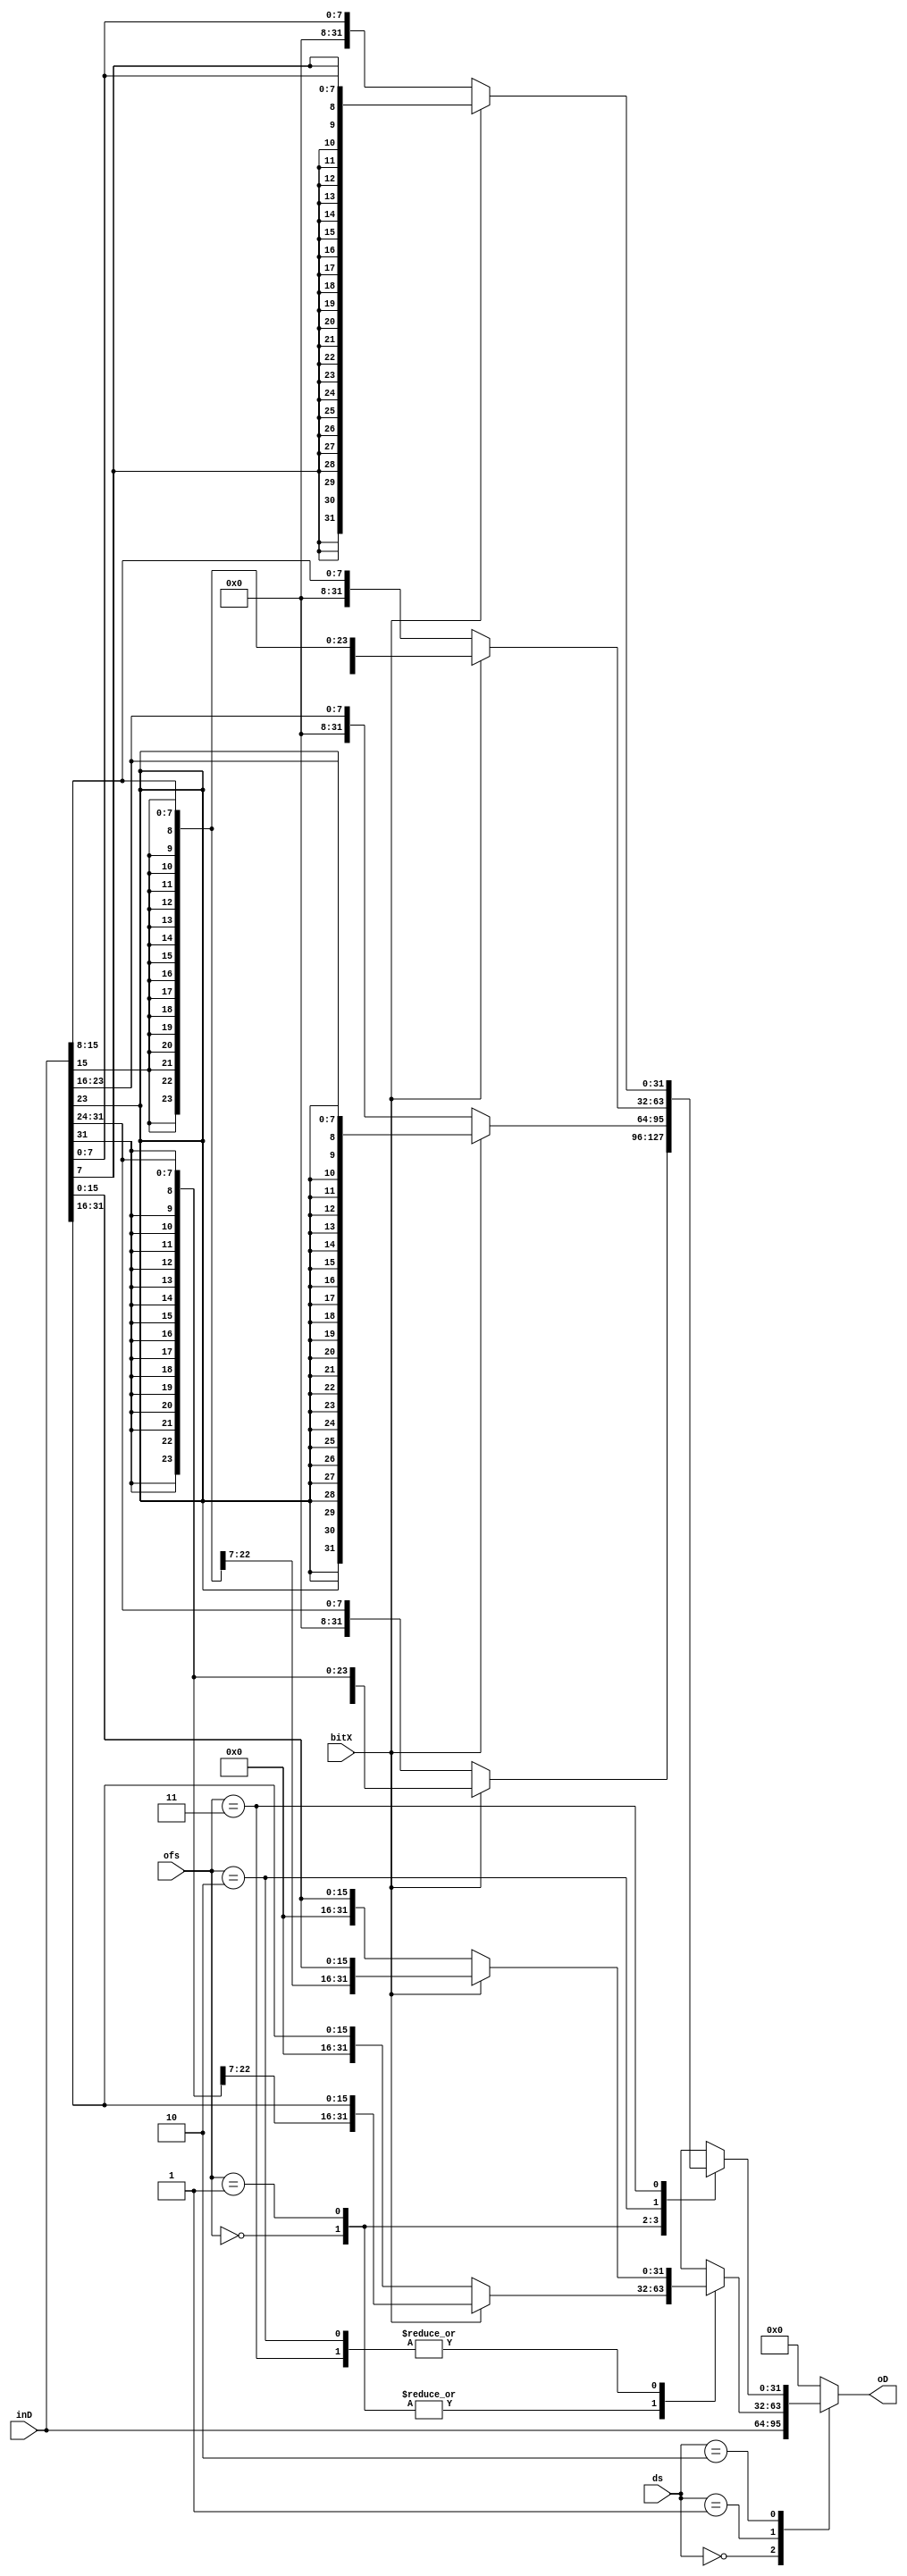
module MemoryRDataDecoder(
    input [31:0] inD,
    input [1:0] ofs,
    input bitX,
    input [1:0] ds,
    output reg[31:0] oD
);

always @(*)
    case (ds)
      2'b00://Word
      begin
        oD=inD;
      end
      2'b01://Half-Word
      begin
        case (ofs)
          2'b00:
              begin
                if(bitX) begin//do signExtend
                  oD={ {16{inD[31]}},inD[31:16]};
                end else begin
                  oD={16'b0,inD[31:16]};
                end
              end
              2'b01:
              begin
                if(bitX) begin//do signExtend
                  oD={ {16{inD[31]}},inD[31:16]};
                end else begin
                  oD={16'b0,inD[31:16]};
                end
              end
              2'b10:
              begin
                if(bitX) begin
                oD={ {16{inD[15]}},inD[15:0]};
                end else begin
                oD={16'b0,inD[15:0]};
                end
              end
              2'b11:
              begin
                if(bitX) begin
                oD={ {16{inD[15]}},inD[15:0]};
                end else begin
                oD={16'b0,inD[15:0]};
                end
              end
        endcase
      end 
      2'b10://Byte
      begin
        case (ofs)
          2'b00:
              begin
                if(bitX) begin//do signExtend
                  oD={ {24{inD[31]}} ,inD[31:24]};
                end else begin
                  oD={24'b0,inD[31:24]};
                end
              end
              2'b01:
              begin
                if(bitX) begin//do signExtend
                  oD={ {24{inD[23]}},inD[23:16]};
                end else begin
                  oD={24'b0,inD[23:16]};
                end
              end
              2'b10:
              begin
                if(bitX) begin//do signExtend
                  oD={ {24{inD[15]}},inD[15:8]};
                end else begin
                  oD={24'b0,inD[15:8]};
                end
              end
              2'b11:
              begin
                if(bitX) begin//do signExtend
                  oD={ {24{inD[7]}},inD[7:0]};
                end else begin
                  oD={24'b0,inD[7:0]};
                end
              end
        endcase
      end
      default: 
        oD=31'b0;
    endcase
endmodule